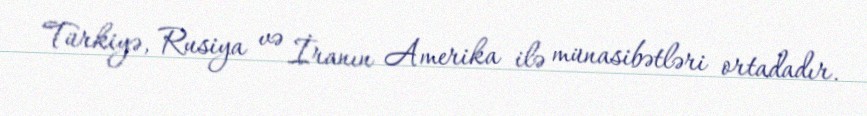
Türkiyə, Rusiya və İranın Amerika ilə münasibətləri ortadadır.